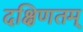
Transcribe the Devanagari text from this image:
दक्षिणतम्